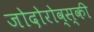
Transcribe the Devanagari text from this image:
जोदोरोव्स्की